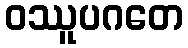
ဝဿူပဂတေ